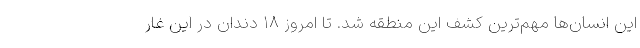
این انسان‌ها مهم‌ترین کشف این منطقه شد. تا امروز ۱۸ دندان در این غار